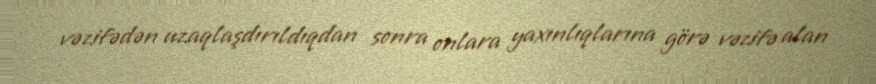
vəzifədən uzaqlaşdırıldıqdan sonra onlara yaxınlıqlarına görə vəzifə alan